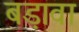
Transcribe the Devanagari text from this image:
बड़ावा